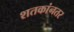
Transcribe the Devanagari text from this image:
शतकांनतर